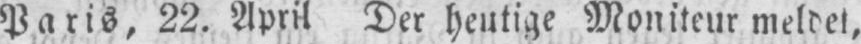
Paris, 22. April Der heutige Moniteur meldet,